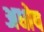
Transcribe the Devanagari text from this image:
अधोष